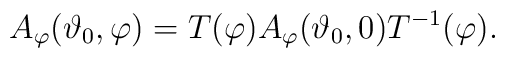
A_{\varphi} (\vartheta_{0},\varphi) = T(\varphi)   A_{\varphi} (\vartheta_{0},0)   T^{-1}(\varphi).